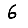
Digit: 6